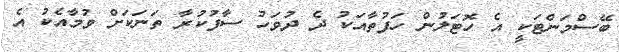
ބޭސްމަންޓަކީ އެ ހޮޓަލުން ހަފުތާއަކު ދެ ދުވަހު ސާފުކުރާ ތަނަކަށް ވުމާއެކު އެ